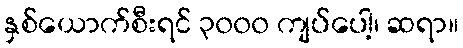
နှစ်ယောက်စီးရင် ၃၀၀၀ ကျပ်ပေါ့၊ ဆရာ။